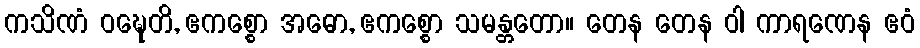
ကသိဏံ ဝဍ္ဎေတိ, ဧကစ္စော အဓော, ဧကစ္စော သမန္တတော။ တေန တေန ဝါ ကာရဏေန ဧဝံ